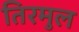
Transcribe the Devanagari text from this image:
तिरमुल